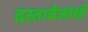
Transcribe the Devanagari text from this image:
दस्तावेजांशी